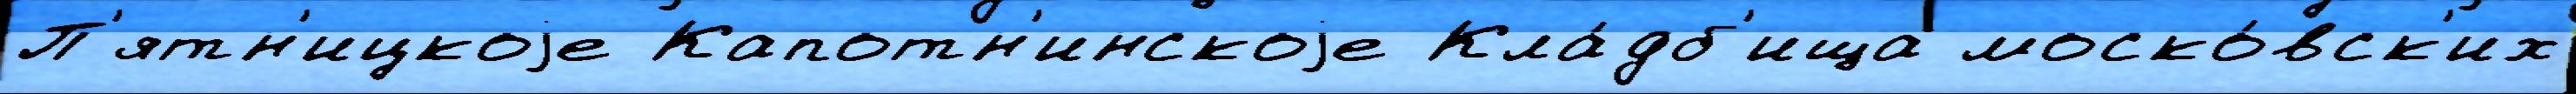
П'ятн'ицкоjе Капотн'инскоjе Кла́дб'ища моско́вск'их